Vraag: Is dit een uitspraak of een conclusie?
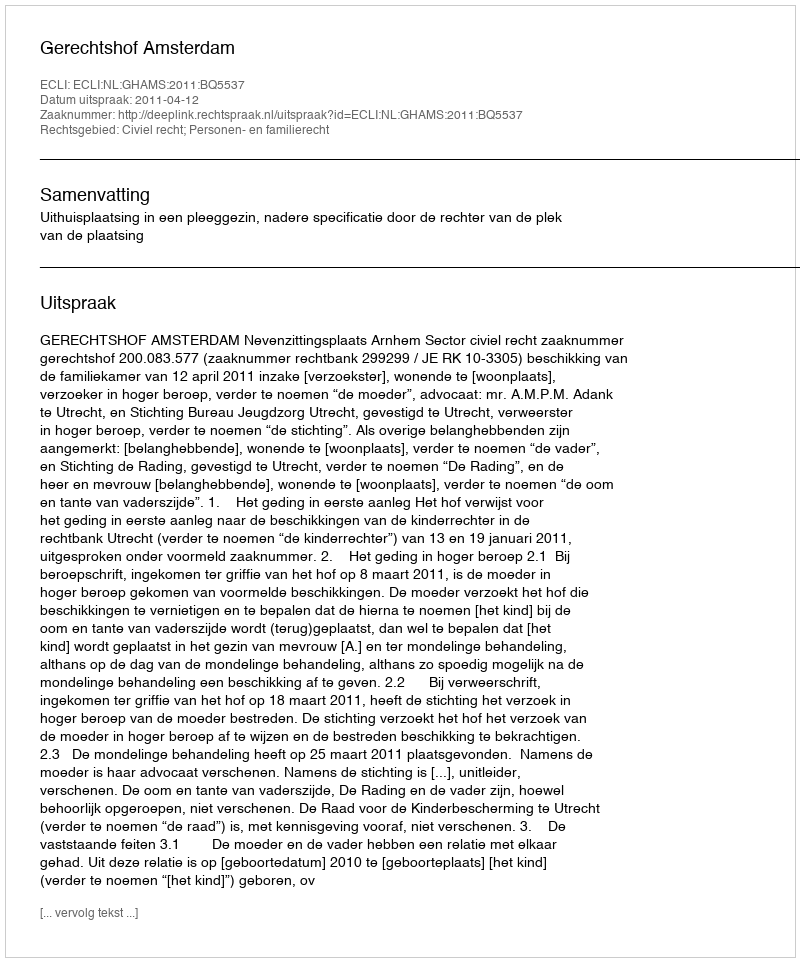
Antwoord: Uitspraak